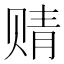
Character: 䞍